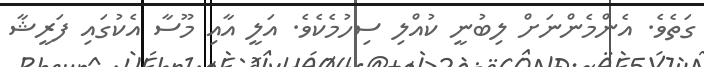
ގަތެވެ. އެންމެންނަށް ލިބުނީ ކުއްލި ސިހުމެކެވެ. އަލީ އާއި މޫސާ އެކުގައި ފަރީޝާ